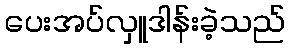
ပေးအပ်လှူဒါန်းခဲ့သည်